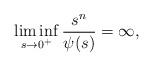
LaTeX: \begin{align*}\liminf_{s\to0^+}\frac{s^n}{\psi(s)}=\infty,\end{align*}